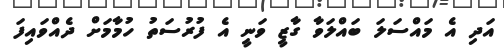
އަދި އެ މައްސަލަ ބައްލަވާ ގާޒީ ވަނީ އެ ފުރުސަތު ހުމާމަށް ދެއްވައިފަ